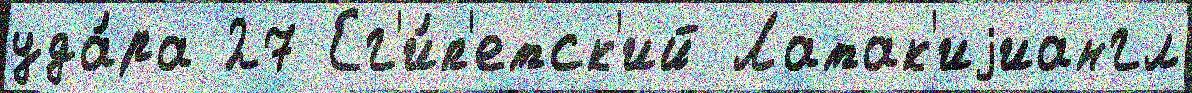
уда́ра 27 Ег'и́п'етск'ий Латак'иjиангл